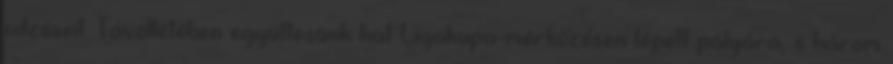
edzéseit. Távollétében együttesünk hat Ligakupa-mérkőzésen lépett pályára, s három